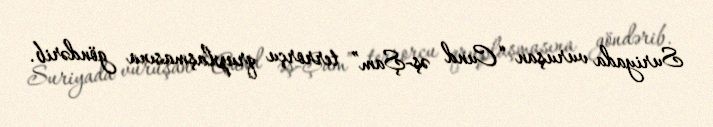
Suriyada vuruşan “Cund əş-Şam” terrorçu qruplaşmasına göndərib.